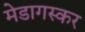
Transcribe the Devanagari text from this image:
मेडागस्कर